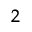
^ 2